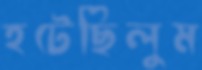
হটেছিলুম